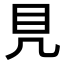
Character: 𥃯